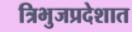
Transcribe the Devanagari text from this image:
त्रिभुजप्रदेशात